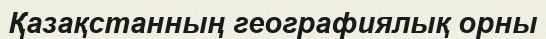
Қазақстанның географиялық орны